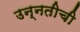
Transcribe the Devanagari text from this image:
उन्‍नतीची